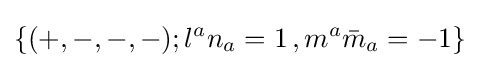
\{(+,-,-,-);l^{a}n_{a}=1\,,m^{a}{\bar {m}}_{a}=-1\}